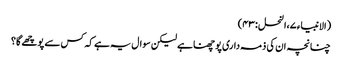
(الانبیاء ۷،النحل :۳ ۴)
چنانچہ ان کی ذمہ داری پوچھنا ہے لیکن سوال یہ ہے کہ کس سے پوچھے گا؟